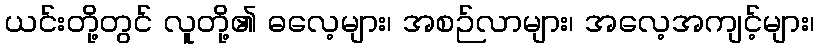
ယင်းတို့တွင် လူတို့၏ ဓလေ့များ၊ အစဉ်လာများ၊ အလေ့အကျင့်များ၊